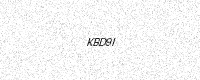
Text: KBD9I